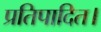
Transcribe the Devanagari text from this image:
प्रतिपादित।